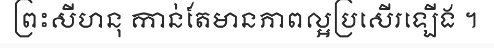
ព្រះសីហនុ កាន់តែមានភាពល្អប្រសើរឡើង ។